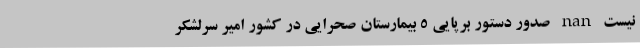
نیست nan صدور دستور برپایی 5 بیمارستان صحرایی در کشور امیر سرلشکر